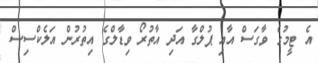
އެ ޓީމުގެ ވާގަސް އާއި ޕުލްގާ އަދި އާތުރޯ ވިޑާލްގެ އިތުރުން އަލެކްސިސް